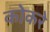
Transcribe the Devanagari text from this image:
कोकरे